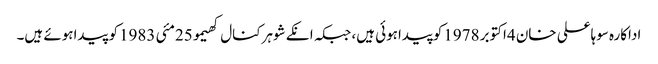
اداکارہ سوہاعلی خان 4اکتوبر 1978کوپیداہوئی ہیں، جبکہ انکے شوہرکنال کھیمو25مئی 1983کو پیداہوئے ہیں۔